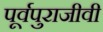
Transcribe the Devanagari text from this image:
पूर्वपुराजीवी